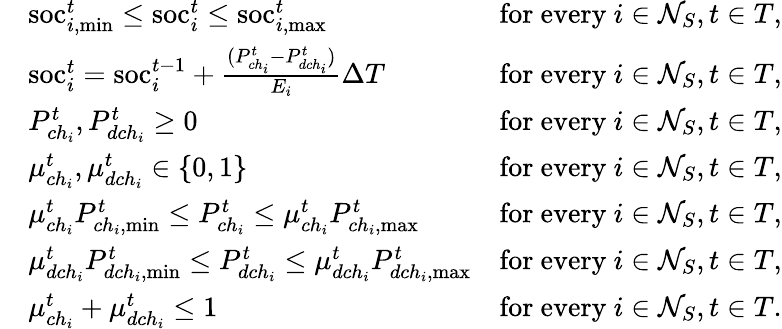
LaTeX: \begin{array}{rlr}&{\mathrm{soc}_{i,\mathrm{min}}^{t}\leq\mathrm{soc}_{i}^{t}\leq\mathrm{soc}_{i,\mathrm{max}}^{t}}&{\mathrm{for~every~}i\in\mathcal{N}_{S},t\in T,}\\ &{\mathrm{soc}_{i}^{t}=\mathrm{soc}_{i}^{t-1}+\frac{(P_{ch_{i}}^{t}-P_{dch_{i}}^{t})}{E_{i}}\Delta T}&{\mathrm{for~every~}i\in\mathcal{N}_{S},t\in T,}\\ &{P_{ch_{i}}^{t},P_{dch_{i}}^{t}\geq 0}&{\mathrm{for~every~}i\in\mathcal{N}_{S},t\in T,}\\ &{\mu_{ch_{i}}^{t},\mu_{dch_{i}}^{t}\in\{ 0,1\} }&{\mathrm{for~every~}i\in\mathcal{N}_{S},t\in T,}\\ &{\mu_{ch_{i}}^{t}P_{ch_{i},\mathrm{min}}^{t}\leq P_{ch_{i}}^{t}\leq\mu_{ch_{i}}^{t}P_{ch_{i},\mathrm{max}}^{t}}&{\mathrm{for~every~}i\in\mathcal{N}_{S},t\in T,}\\ &{\mu_{dch_{i}}^{t}P_{dch_{i},\mathrm{min}}^{t}\leq P_{dch_{i}}^{t}\leq\mu_{dch_{i}}^{t}P_{dch_{i},\mathrm{max}}^{t}}&{\mathrm{for~every~}i\in\mathcal{N}_{S},t\in T,}\\ &{\mu_{ch_{i}}^{t}+\mu_{dch_{i}}^{t}\leq 1}&{\mathrm{for~every~}i\in\mathcal{N}_{S},t\in T.}\end{array}